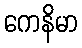
ကေနိမာ